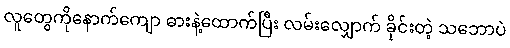
လူတွေကိုနောက်ကျော ဓားနဲ့ထောက်ပြီး လမ်းလျှောက် ခိုင်းတဲ့ သဘောပဲ